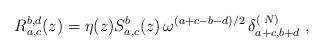
LaTeX: \begin{align*}R_{a,c}^{b,d}(z) = \eta (z) S_{a,c}^b(z) \, \omega^{(a+c-b-d)/2} \, \delta_{a+c,b+d}^{(\;N)} \;,\end{align*}